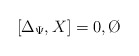
\begin{align*}[ \Delta_{\Psi} , X ] = 0, \O \end{align*}